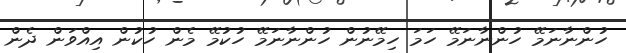
ހުންނާނަމޭ ހުންނާނަމޭ ހަމަ ހިމޭނުން ހުންނާނަމޭ ހުކުމޭ މެން ހުކުން އިއްވަން ދެން